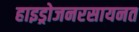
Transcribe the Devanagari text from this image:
हाइड्रोजनरसायनत